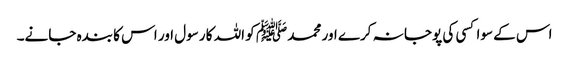
اس کے سوا کسی کی پوجا نہ کرے اور محمد ﷺ کو اللہ کا رسول اور اس کا بندہ جانے۔